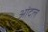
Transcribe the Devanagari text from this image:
आंदल